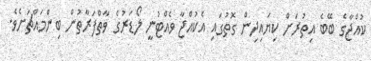
ކުއްޖާގެ ބޭބެ އިތުރަށް ކިޔައިދިން ގޮތުގައި އެކުއްޖާ ވެއްޓުނީ ލޯޑަރުގެ ވާތްފަރާތުން ބިންމައްޗަށެވެ.